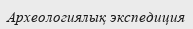
Археологиялық экспедиция